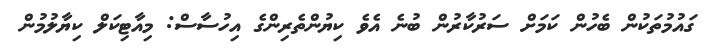
ގައުމުތަކުން ބެހުން ކަމަށް ސަރުކާރުން ބުނެ އެވެ ކިޔުންތެރިންގެ އިހުސާސް: މިއާޓިކަލް ކިޔާލުމުން